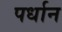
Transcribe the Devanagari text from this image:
पर्धान